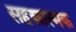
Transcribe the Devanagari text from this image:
सहस्रात्मक